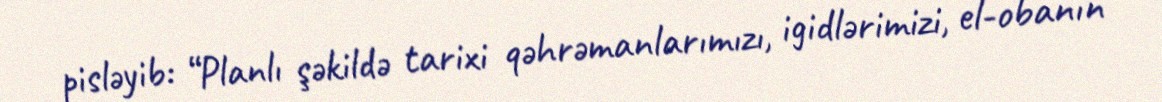
pisləyib: “Planlı şəkildə tarixi qəhrəmanlarımızı, igidlərimizi, el-obanın